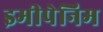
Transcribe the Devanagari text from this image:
इमीपेनिम